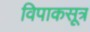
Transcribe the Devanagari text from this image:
विपाकसूत्र